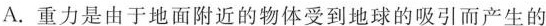
A.重力是由于地面附近的物体受到地球的吸引而产生的